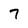
Character: 7